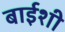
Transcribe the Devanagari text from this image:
बाईशी